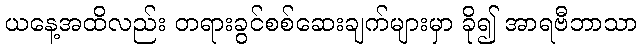
ယနေ့အထိလည်း တရားခွင်စစ်ဆေးချက်များမှာ ခို၍ အာရဗီဘာသာ